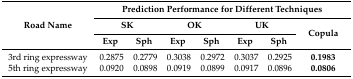
<table><thead><tr><td rowspan="3"><b>Road Name</b></td><td colspan="7"><b>Prediction Performance for Different Techniques</b></td></tr><tr><td colspan="2"><b>SK</b></td><td colspan="2"><b>OK</b></td><td colspan="2"><b>UK</b></td><td rowspan="2"><b>Copula</b></td></tr><tr><td><b>Exp</b></td><td><b>Sph</b></td><td><b>Exp</b></td><td><b>Sph</b></td><td><b>Exp</b></td><td><b>Sph</b></td></tr></thead><tbody><tr><td>3rd ring expressway</td><td>0.2875</td><td>0.2779</td><td>0.3038</td><td>0.2972</td><td>0.3037</td><td>0.2925</td><td><b>0.1983</b></td></tr><tr><td>5th ring expressway</td><td>0.0920</td><td>0.0898</td><td>0.0919</td><td>0.0899</td><td>0.0917</td><td>0.0896</td><td><b>0.0806</b></td></tr></tbody></table>